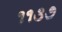
૧૧૩૭